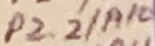
Text: P2.2/A10